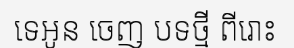
ទេអូន ចេញ បទថ្មី ពីរោះ